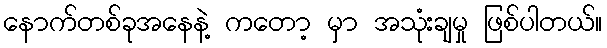
နောက်တစ်ခုအနေနဲ့ ကတော့ မှာ အသုံးချမှု ဖြစ်ပါတယ်။